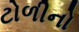
ટોળીનો